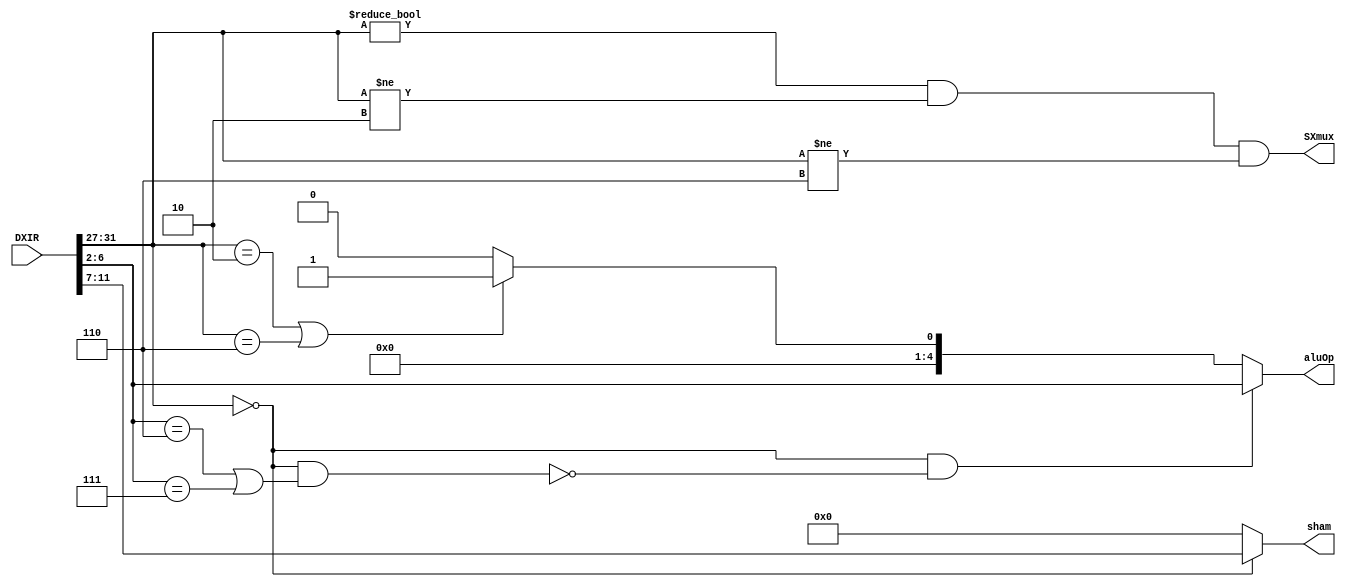
module aluControl(DXIR, aluOp, sham, SXmux);
 
input [31:0] DXIR; 
output [4:0] aluOp , sham; 
output SXmux; 

wire [4:0] op1, sham1, opcode, branchOp; 
wire multOrDiv, isBranch, isAluOp;


assign opcode = DXIR[31:27];

assign op1 = DXIR[6:2];
assign sham1 = DXIR[11:7]; 

assign multOrDiv = ((opcode == 0) && ((op1 == 6) || (op1 == 7))) ; 
assign isBranch = (opcode == 2) || (opcode == 6); 
assign isAluOp = (opcode == 0) && !multOrDiv;


assign branchOp = isBranch ? 1 : 0; 
assign aluOp = isAluOp ? op1 : branchOp; 
assign sham = (opcode ==5'b0 ) ? sham1 :  5'b0;

assign SXmux = (opcode != 0) && (opcode !=2) && (opcode !=6);


endmodule